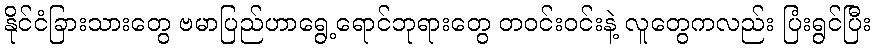
နိုင်ငံခြားသားတွေ ဗမာပြည်ဟာရွေ့ရောင်ဘုရားတွေ တဝင်းဝင်းနဲ့ လူတွေကလည်း ပြံးရွင်ပြီး